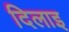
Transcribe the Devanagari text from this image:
दिलाइ